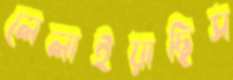
লেলাইয়াছিস